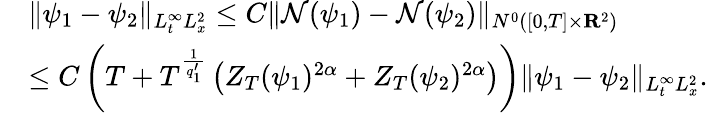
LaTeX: \begin{array}{rl}&{\| \psi_{1}-\psi_{2}\| _{L_{t}^{\infty}L_{x}^{2}}\leq C\| \mathcal{N}(\psi_{1})-\mathcal{N}(\psi_{2})\| _{N^{0}([0,T]\times{\mathbf R}^{2})}}\\ &{\leq C\left(T+T^{\frac{1}{q_{1}^{\prime}}}\left(Z_{T}(\psi_{1})^{2\alpha}+Z_{T}(\psi_{2})^{2\alpha}\right)\right)\| \psi_{1}-\psi_{2}\| _{L_{t}^{\infty}L_{x}^{2}}.}\end{array}